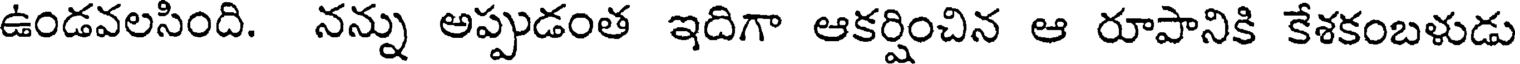
ఉండవలసింది. నన్ను అప్పుడంత ఇదిగా ఆకర్షించిన ఆ రూపానికి కేశకంబళుడు